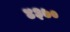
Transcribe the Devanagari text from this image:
४३७०